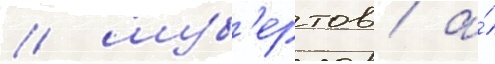
/ шуб'ертов / а́